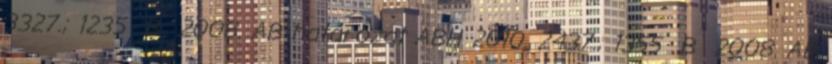
3327.; 1235 B 2008. AB határozat ABH 2010. 2437.; 1355 B 2008. AB